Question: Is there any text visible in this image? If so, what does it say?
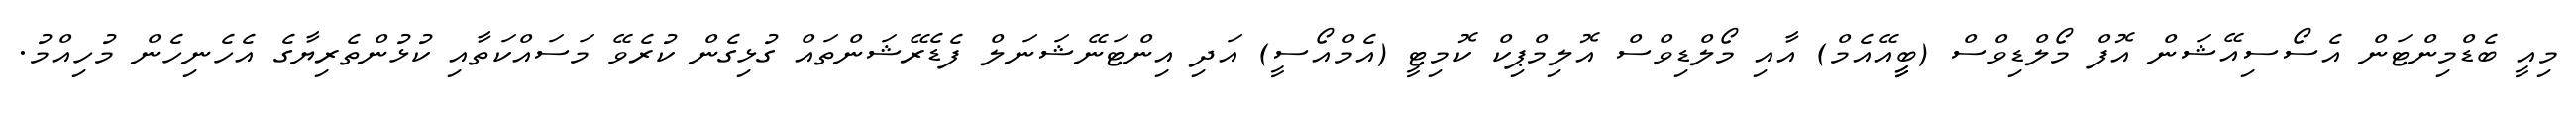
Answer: މިއީ ބެޑްމިންޓަން އެސޯސިއޭޝަން އޮފް މޯލްޑިވްސް (ބީީއޭއެމް) އާއި މޯލްޑިވްސް އޮލިމްޕިކް ކޮމިޓީ (އެމްއޯސީ) އަދި އިންޓަނޭޝަނަލް ފެޑެރޭޝަންތައް ގުޅިގެން ކުރެވޭ މަސައްކަތާއި ކުޅުންތެރިޔާގެ އެހެނިހެން މުހިއްމު.